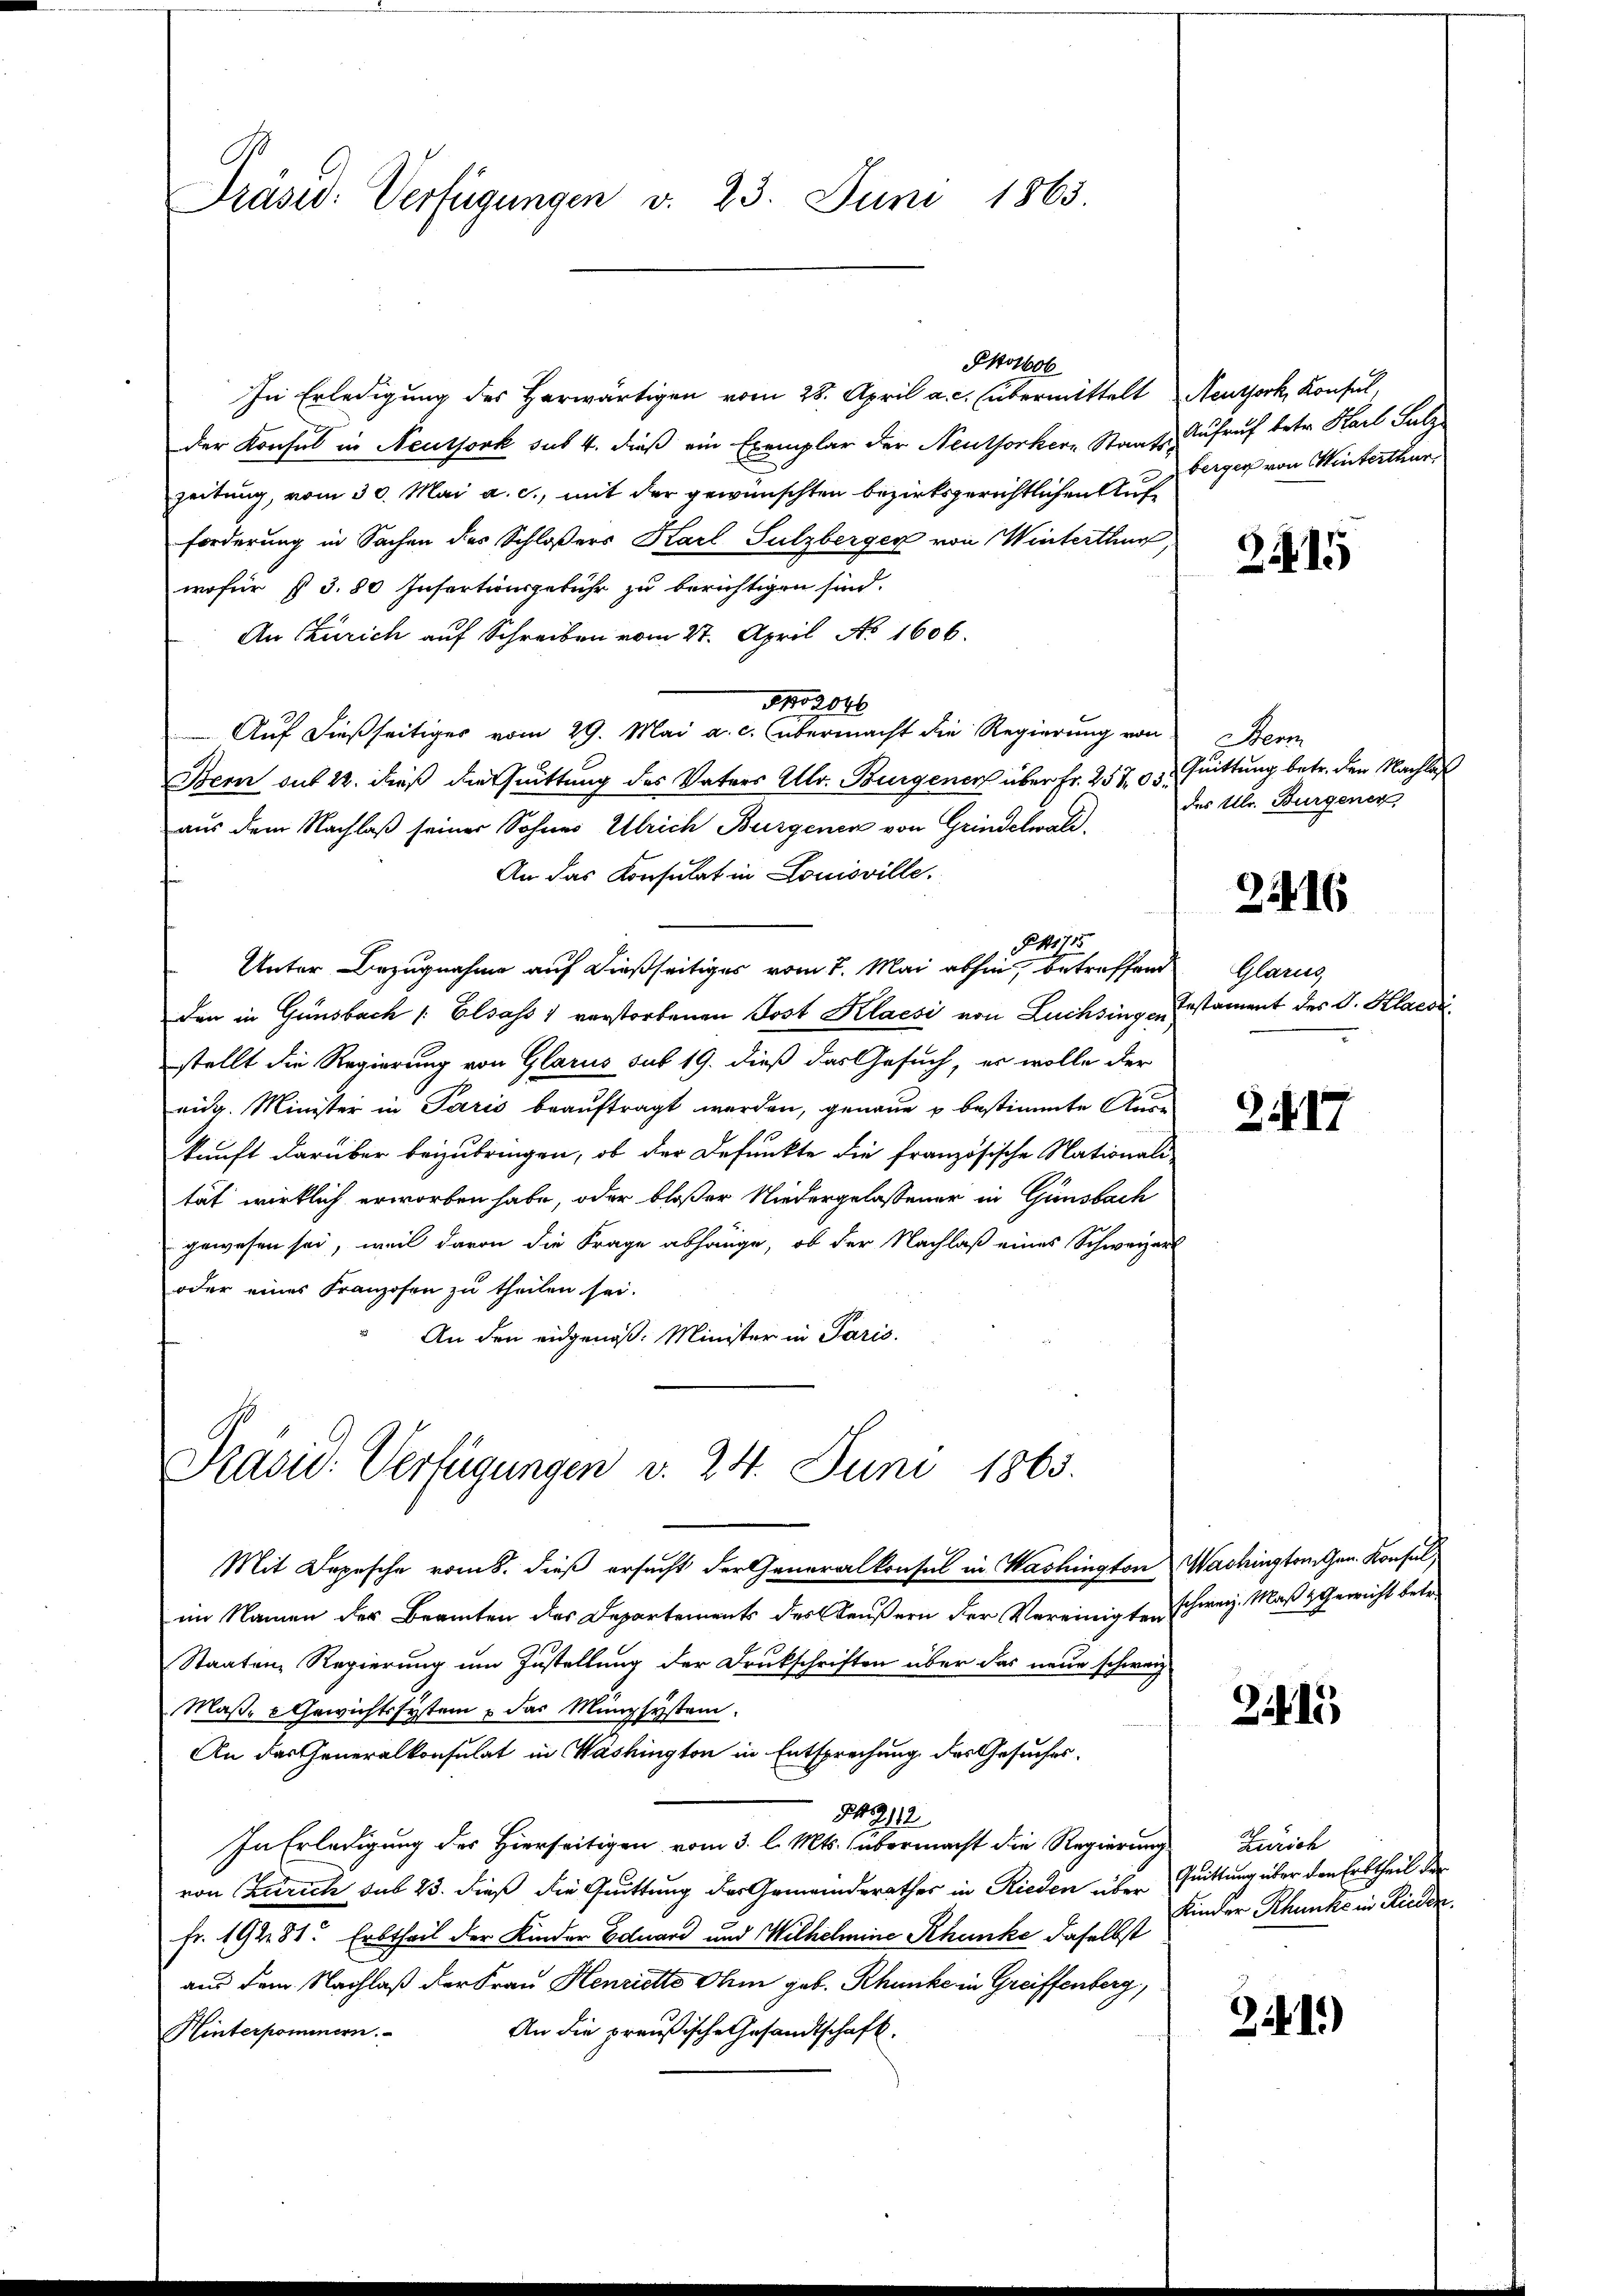
Präsid. Verfügungen v. 23. Juni 1863.

In Erledigung des Herwärtigen vom 28. April a. c. übermittelt Neuthork, Konsul-
der Konsul in Neutjork sus 4. dieß ein Exemplar der Neuthorkern Staats-Aufruf betr. Karl Salz
zeitung, vom 30. Mai a. c., mit der gewünschten bezirksgerichtlichen Aufforderung in Sachen des Schloßers Karl Sulzberger von Winterthur,
wofür §. 3.80 Insartionsgebühr zu berichtigen sind.
An Zürich auf Schreiben vom 27. April No 1606.
102046
Auf dießseitiges vom 29. Mai a. c. übermacht die Regierung von
Bern auf 22. dieß die Quittung des Vaters Ulr. Burgenen über Fr. 25703. Quittung betr. den Nachlaß
aus dem Nachlaß seiner Sohnes Ulrich Burgenen von Grindelwald.
An das Konsulat in Louisville.
§41115
Unter Bezugnahme auf dießseitiges vom 7. Mai abhin, betreffend
den in Gunsbach /: Elsass verstorbenen Post Klaesi von Züchsingen,
stellt die Regierung von Glarus sub 19. dieß das Gesuch, er wolle der
eidg. Minister in Paris beauftragt werden, genaue u bestimmte Auskunft darüber beizubringen, ob der Defunkte die französische Nationali-
tät wirklich erworben habe, oder bloßer Niedergelassener in Günsbach
gewesen sei, weil davon die Frage abhänge, ob der Nachlaß eines Schweizerl
oder eines Franzosen zu theilen sei.
An den eidgenoß: Minister in Paris.

Präsid. Verfügungen d. 24. Juni 1865.

Phosbob

Mit Depesche vom 8. dieß ersucht der Generalkonsul in Washington Wachingangen Konsul
im Namen der Beamten des Departements des Heußern der Vereinigten schweiz. Maß & Gewicht betr.
Staaten, Regierung um Zustellung der Druckschriften über das neue schweiz
Maß- & Gewichtssystem u das Münzsystem.
An das Generalkonsulat in Washington in Entsprechung des Gesuches
49112
In Erledigung des Hierseitigen vom 3. l. Mts. übermacht die Regierung Zürich
von Zürich das 23. dieß die Quittung des Gemeindsrathes in Rieden über Quittung über den Erbtheil der
Fr. 19281. Erbtheil der Kinder Eduard und Wilhelmine Rhunke daselbst
aus dem Nachlaß der Frau Henriette Ihm geb. Rhunke in Greiffenberg,
An die preußische Gesandtschaft.
Hinterpominern.

berger von Winterthur

2415

Ser
des Ulr. Burgenen,

2416

Glarus
Testament des C. Place

2417

2415

Kinder Rhunke in Rieden.

341)